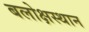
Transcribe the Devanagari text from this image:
बलोक्षस्थान